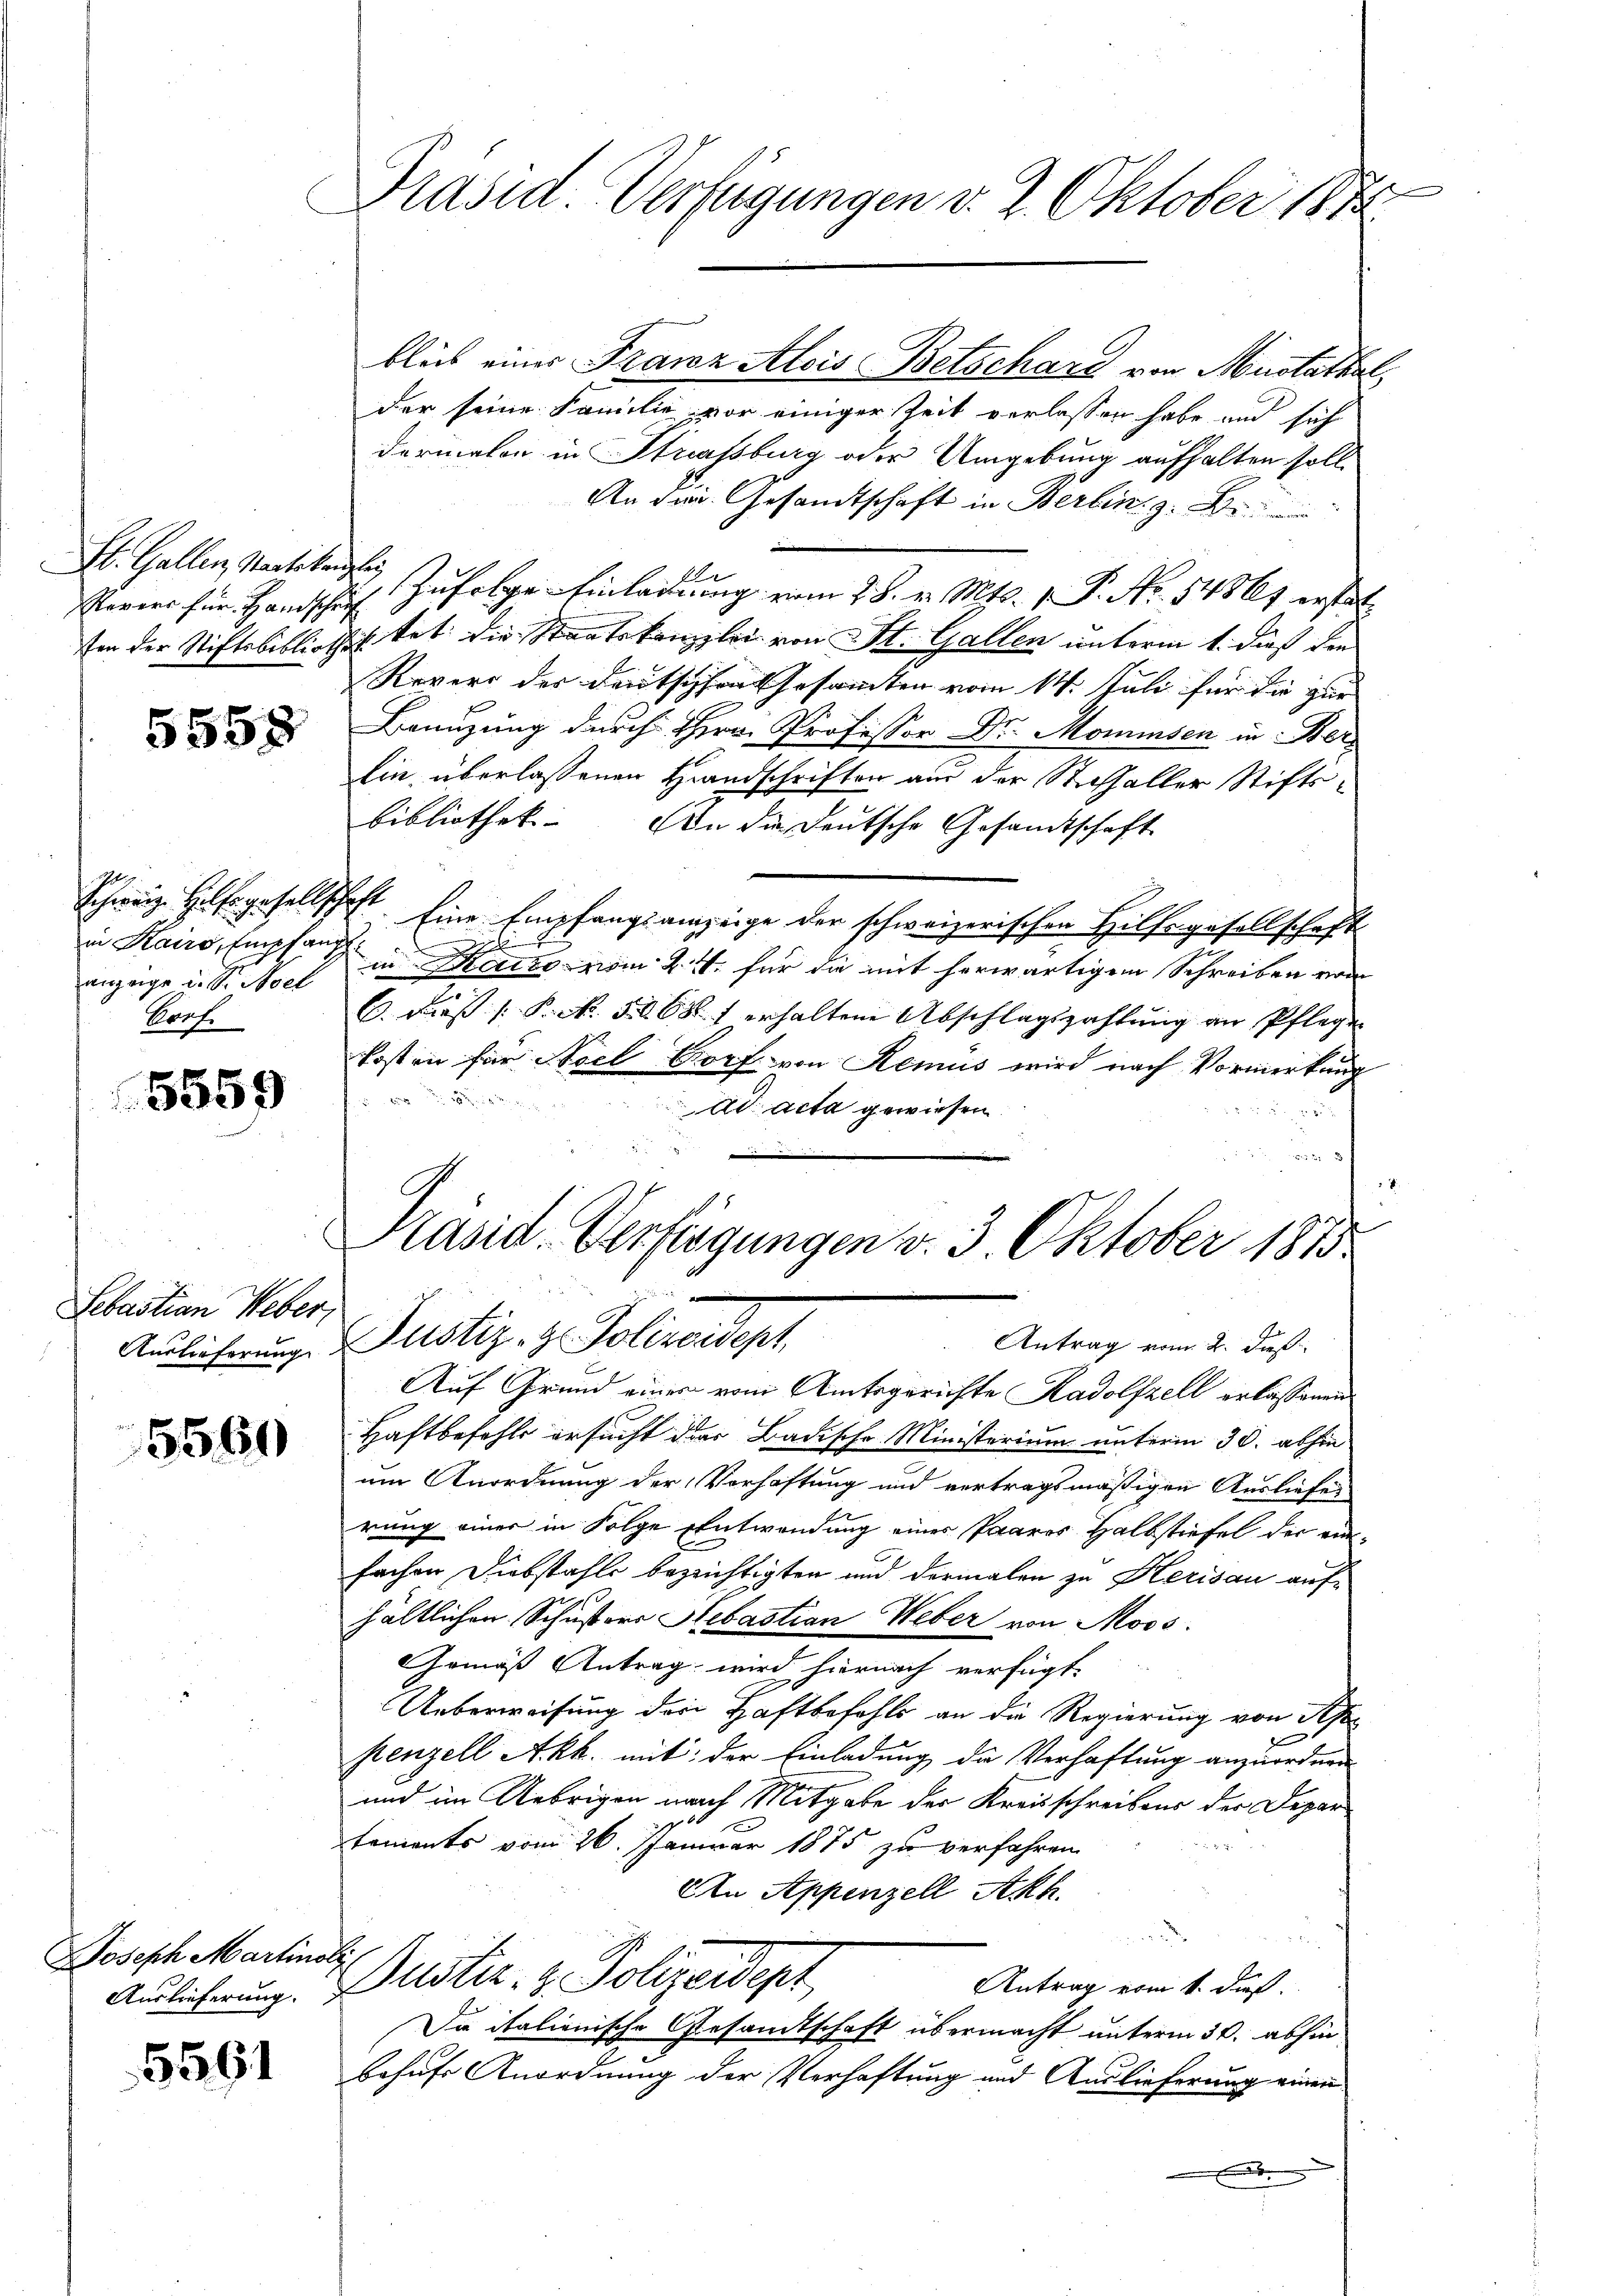
b. Gallen Staatskanzlei

5558

Abeg
in Kairo, Empfang
unzeige u. Sr. Moel
Porf.

5559

Sebastian Weber,

5560

Haeh Martine

5561

.
Präsid. Verfügungen v. 2. Oktober 1882

blieb einer Franz Alois Betschard von Mustathar
der seine Familie vor einiger Zeit verlassen habe und sich
derialen in Strassburg oder Umgebung aufhalten soll¬
An die Gesandtschaft in Berlin z. B.
e
Revers für Handschrift zufolge Einladung vom 28. v. Mts. 1 P. Nr. 14861 erstel
ton der Stiftsbibliothek tet die Staatskanzlei von St. Gallen unterm 1. dieß den
Revers der Deutschen Gesammten vom 14. Juli für die zur
Benuzung durch Hrn. Professor Dr. Momensen in Ber
lin, überlassenen Handschriften aus der Stichfaller Stiftsbibliothek. An die Deutsche Gesamtschaft
Schweiz. Hilfsgesellschaft. Eine Empfangsanzeige der schweizerischen Hilfsgesellschaft
l
in Hause vom 24. für die mit herwärtigen Schreiben von
C. dieß P. N. 568 f erhaltene Abschlagszahlung an Pflege
kosten für Noel Porf. von Remus wird nach Vormerkung
1
ad acta gewiesen.
n 37
Präsid. Verfügungen v. 3. Oktober 1875
2
Auslieferung Justiz- & Polizeidept,
Antrag vom 2. daß
Auf Grund einer vom Amtsgerichte Radolfzell erlassenen
Haftbefehls ersucht der Badische Ministerium unterm 30. abhin
um Anordnung der Vorhaftung und vertragsmäßigen Ausliefer
rung einer in Folge Entwendung eines Paares Halbstiefel der einfachen Diebstahle bezeichtigten und dermalen zu Herisau aufhältlichen Schustors Sebastian Weber von Moos.
Gemäß Antrag wird hiernach verfügt
Ueberweisung der Haftbefehls an die Regierung von Seh
8
penzell Akk. mit der Einladung die Verhaftung anzuordnen
und im Uebrigen nach Mitgabe der Kreisschreibens der Departaments vom 26. Januar 1875 zu verfahren

An Appenzell Akh.
.
Ausicherung. Bustiz- & Polizeident
Antrag vom 1. dieß.
Die italionische Gesamtschaft übermacht unterm 30. abhin
behufs Anordnung der Verhaftung und Auslieferung einen